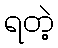
ရတဲ့